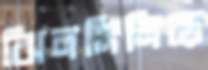
ঝিলমিলিয়ে